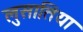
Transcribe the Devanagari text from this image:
लुसातिया